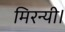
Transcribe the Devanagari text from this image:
मिरन्यी।